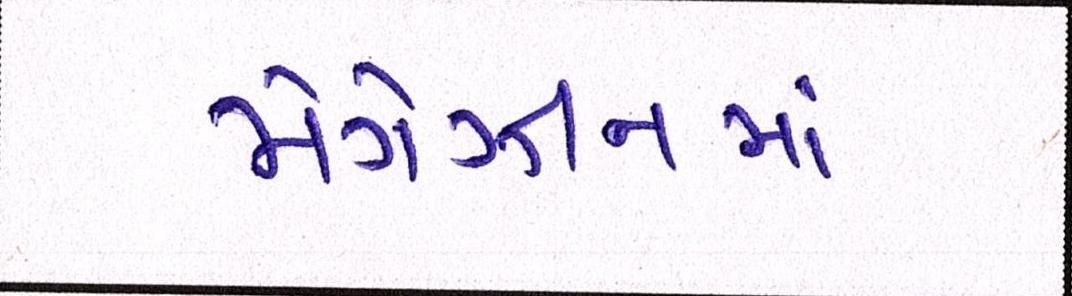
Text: મેગેઝીનમાં